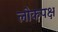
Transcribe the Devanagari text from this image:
लोकपक्ष